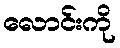
လောင်းကို